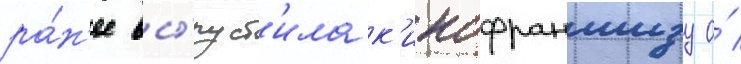
ра́н'ее вы́пуст'ила к'инофраншизу о́